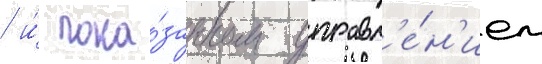
/ и́ пока́занном управл'е́н'ием